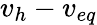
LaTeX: v_{h}-v_{eq}